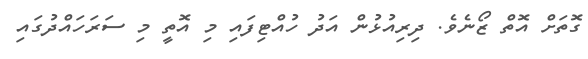
ގޮތަށް އޮތް ޒޯނެވެ. ދިރިއުޅުން އަދު ހުއްޓިފައި މި އޮތީ މި ސަރަހައްދުގައި